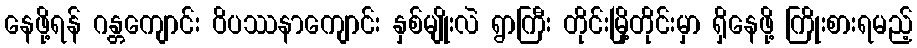
နေဖို့ရန် ဂန္တကျောင်း ဝိပဿနာကျောင်း နှစ်မျိုးလဲ ရွာကြီး တိုင်းမြို့တိုင်းမှာ ရှိနေဖို့ ကြိုးစားရမည့်